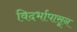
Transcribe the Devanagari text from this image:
विदर्भापासून